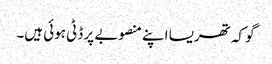
گو کہ تھریسا اپنے منصوبے پر ڈٹی ہوئی ہیں۔